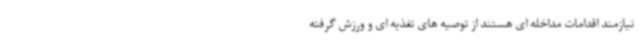
نیازمند اقدامات مداخله ای هستند از توصیه های تغذیه ای و ورزش گرفته